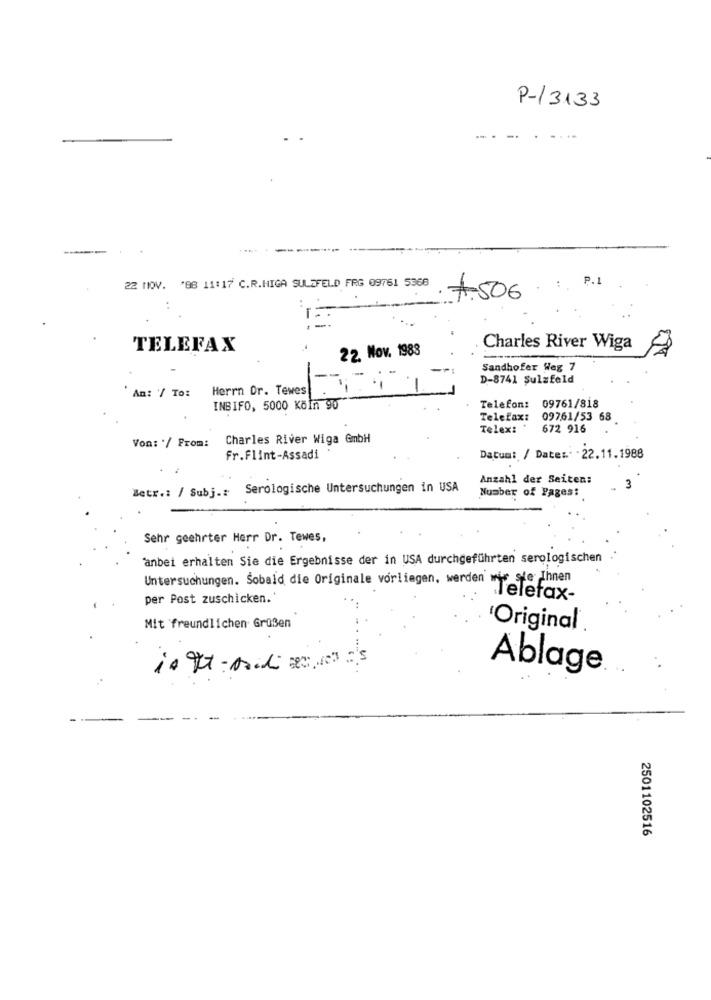
P-13133
...
P.1
22 NOV. "88 11:17 C.R.HIGA SULZFELD FRG 09761 5368
#506
TELEFAX
22. Nov. 1988
Charles River Wiga
Sandhofer Weg 7
D-8741 Sulzfeld
Herrn Dr. Tewes
' An: '/ To:
INBIFO, 5000 Köln 90
Telefon: 09761/818
Telefax:
09761/53 68
Telex: '
672 916
Charles River Wiga GmbH
Von: '/ From:
Fr.Flint-Assadi .
Datum: / Date :.. . 22.11.1988
Anzahl der Seiten:
Betr .: / Subj .: Serologische Untersuchungen in USA
Number of Pages:
3
Sehr geehrter Herr Dr. Tewes,
anbei erhalten Sie die Ergebnisse der in USA durchgeführten serologischen
Untersuchungen. Sobald die Originale vorliegen, werden wir sie Ihnen
per Post zuschicken.
Mit freundlichen Grußen
Original
is the-Asidi serveras
Ablage
2501102516